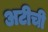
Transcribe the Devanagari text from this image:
अटीची